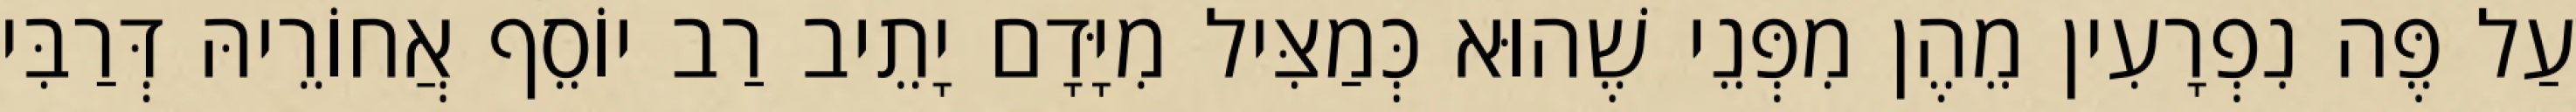
עַל פֶּה נִפְרָעִין מֵהֶן מִפְּנֵי שֶׁהוּא כְּמַצִּיל מִיָּדָם יָתֵיב רַב יוֹסֵף אֲחוֹרֵיהּ דְּרַבִּי